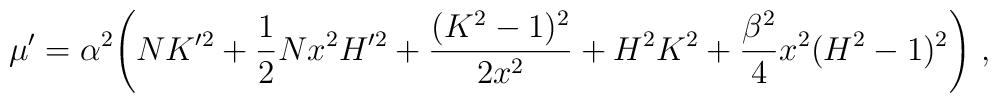
\mu'=\alpha^2 \Biggl(      N K'^2 + \frac{1}{2} N x^2 H'^2   + \frac{(K^2-1)^2}{2 x^2} + H^2 K^2   + \frac{\beta^2}{4} x^2 (H^2-1)^2 \Biggr)\ ,